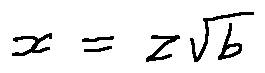
x = z \sqrt { b }